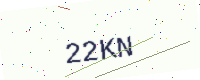
Text: 22KN